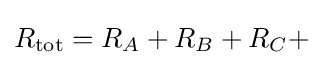
R_{\rm {tot}}=R_{A}+R_{B}+R_{C}+